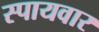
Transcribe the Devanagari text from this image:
स्पायवार